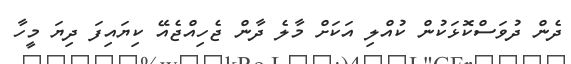
ދެން ދުވަސްކޮޅަކުން ކުއްލި އަކަށް މާލެ ދާން ޖެހިއްޖެއޭ ކިޔައިފަ ދިޔަ މީހާ